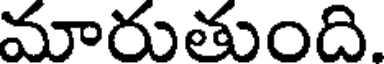
మారుతుంది.